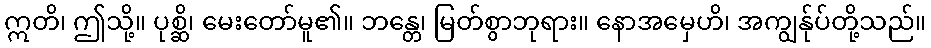
ဣတိ၊ ဤသို့။ ပုစ္ဆိ၊ မေးတော်မူ၏။ ဘန္တေ၊ မြတ်စွာဘုရား။ နောအမှေဟိ၊ အကျွန်ုပ်တို့သည်။